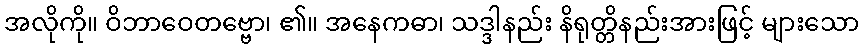
အလိုကို။ ဝိဘာဝေတဗ္ဗော၊ ၏။ အနေကဓာ၊ သဒ္ဒါနည်း နိရုတ္တိနည်းအားဖြင့် များသော